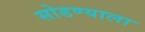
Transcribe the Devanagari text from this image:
सोडण्याला